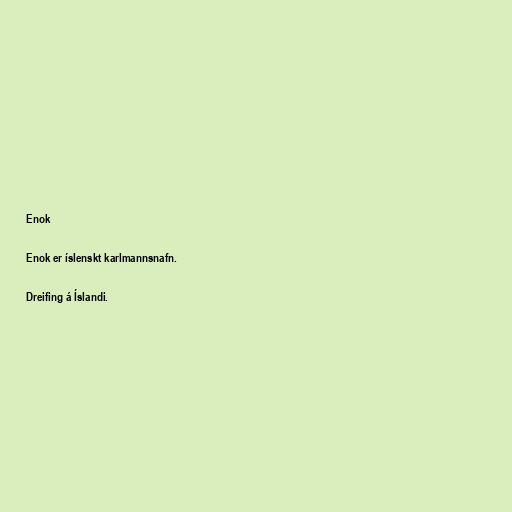
Enok

Enok er íslenskt karlmannsnafn.

Dreifing á Íslandi.